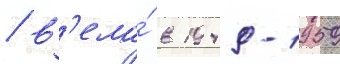
/ в'ела́ в 1949-1959